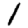
Digit: 1